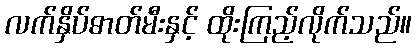
လက်နှိပ်ဓာတ်မီးနှင့် ထိုးကြည့်လိုက်သည်။